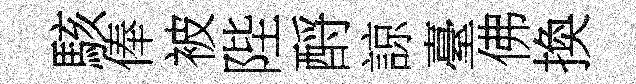
駭俸被陛酹諒臺佛換